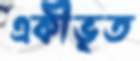
একীভূত